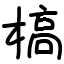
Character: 槁